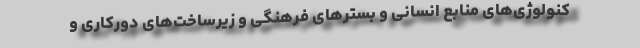
کنولوژی‌های منابع انسانی و بستر‌های فرهنگی و زیرساخت‌های دورکاری و